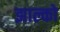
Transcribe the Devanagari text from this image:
झाल्को